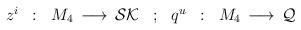
LaTeX: \begin{align*}\begin{array}{ccccccc}z^i & : & M_4 \, \longrightarrow \, {\cal SK} &; &q^u & : & M_4 \, \longrightarrow \, {\cal Q}\end{array}\end{align*}